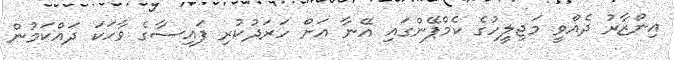
އިންޒާރު ދެއްވީ މަޖިލީހުގެ ކެމްޕޭންގައި އޭނާ އަށް ހަރަދުކުރި ފައިސާގެ ވާހަކަ ދައްކަމުން